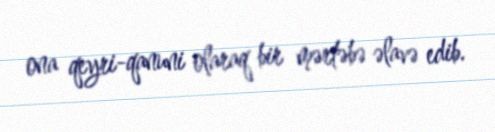
ona qeyri-qanuni olaraq bir mərtəbə əlavə edib.